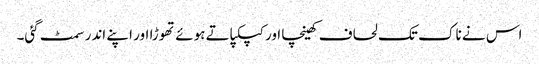
اس نے ناک تک لحاف کھینچا اور کپکپاتے ہوئے تھوڑا اور اپنے اندر سمٹ گئی۔